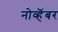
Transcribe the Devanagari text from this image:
नोव्हॆंबर